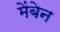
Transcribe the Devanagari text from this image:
मेंबेन